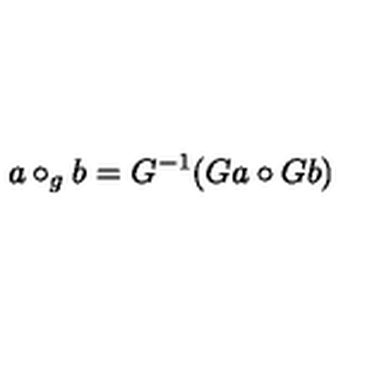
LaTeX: a \circ _ { g } b = G ^ { - 1 } ( G a \circ G b )